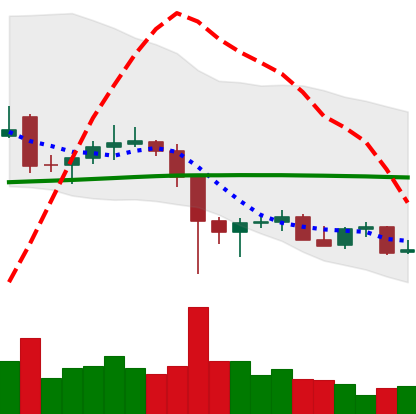
Ticker: LTC-USD
Chart end date: 2021-12-14
Forward return: 4.792%
Label: up_3_5